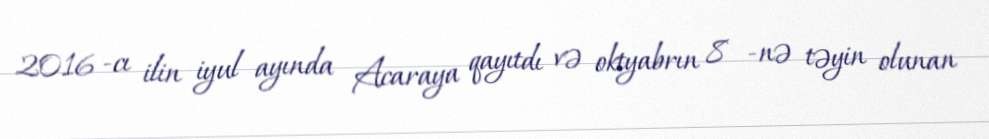
2016 -cı ilin iyul ayında Acaraya qayıtdı və oktyabrın 8 -nə təyin olunan